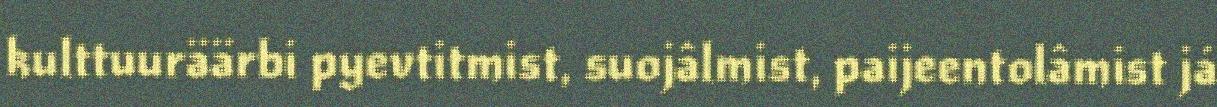
kulttuuräärbi pyevtitmist, suojâlmist, paijeentolâmist já